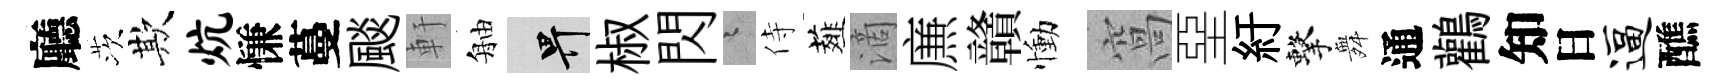
廳茨欺炕慊蔓颷軒舳畀椒閃迢侍薤滴㢘贛慟窩堊紆擊舞通鸛知日逼醮